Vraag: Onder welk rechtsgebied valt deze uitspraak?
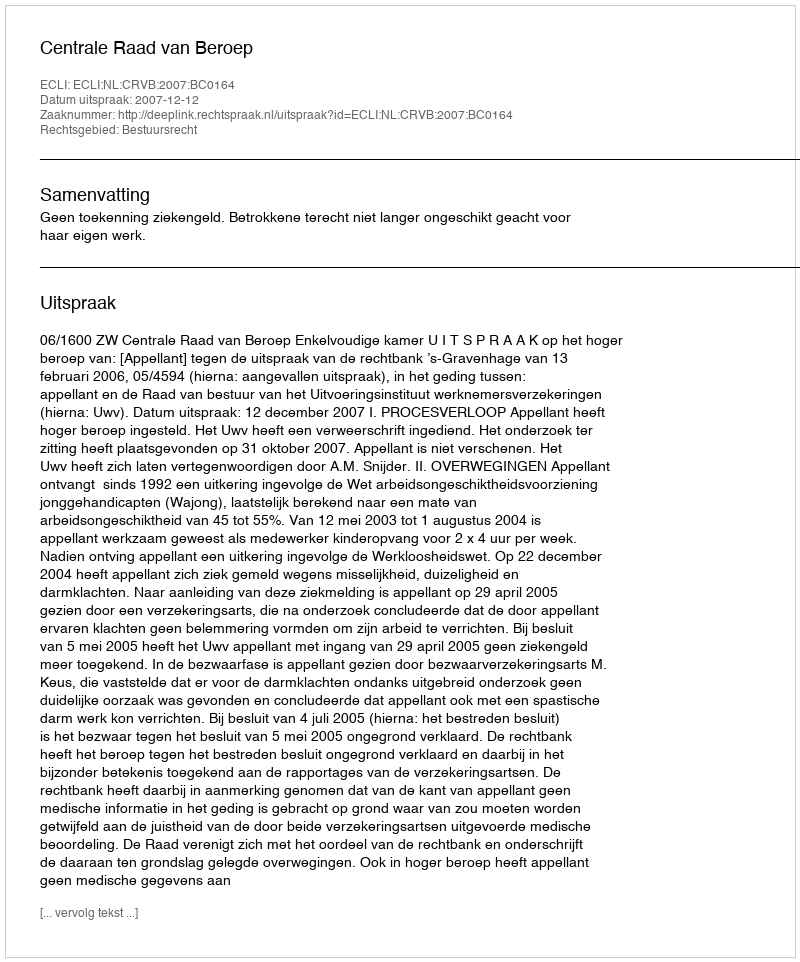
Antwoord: Bestuursrecht